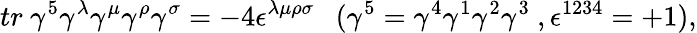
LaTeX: tr\ \gamma^{5}\gamma^{\lambda}\gamma^{\mu}\gamma^{\rho}\gamma^{\sigma}=-4\epsilon^{\lambda\mu\rho\sigma}\ \ \ (\gamma^{5}=\gamma^{4}\gamma^{1}\gamma^{2}\gamma^{3}\ ,\epsilon^{1234}=+1),